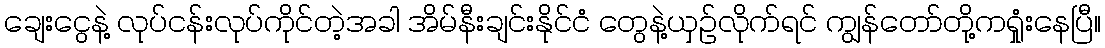
ချေးငွေနဲ့ လုပ်ငန်းလုပ်ကိုင်တဲ့အခါ အိမ်နီးချင်းနိုင်ငံ တွေနဲ့ယှဉ်လိုက်ရင် ကျွန်တော်တို့ကရှုံးနေပြီ။